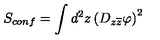
S _ { c o n f } = \int d ^ { 2 } z \left( D _ { z \overline { { z } } } \varphi \right) ^ { 2 }